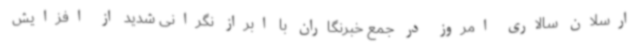
ارسلان سالاری امروز در جمع خبرنگاران با ابراز نگرانی شدید از افزایش